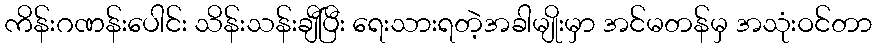
ကိန်းဂဏန်းပေါင်း သိန်းသန်းချီပြီး ရေးသားရတဲ့အခါမျိုးမှာ အင်မတန်မှ အသုံးဝင်တာ